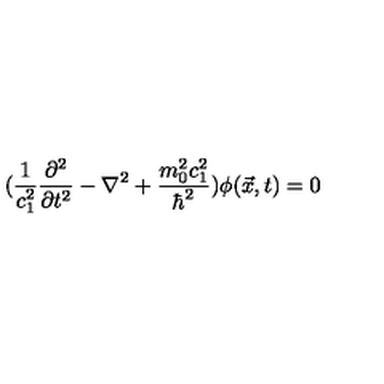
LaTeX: ( \frac { 1 } { c _ { 1 } ^ { 2 } } \frac { \partial ^ { 2 } } { \partial t ^ { 2 } } - \nabla ^ { 2 } + \frac { m _ { 0 } ^ { 2 } c _ { 1 } ^ { 2 } } { \hbar ^ { 2 } } ) \phi ( \vec { x } , t ) = 0